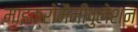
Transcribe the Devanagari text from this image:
माइक्रोमैनीपुलेशन